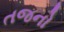
તજનો